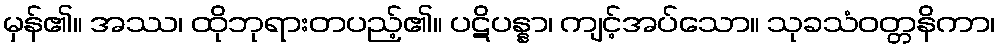
မှန်၏။ အဿ၊ ထိုဘုရားတပည့်၏။ ပဋိပန္နာ၊ ကျင့်အပ်သော။ သုခသံဝတ္တနိကာ၊